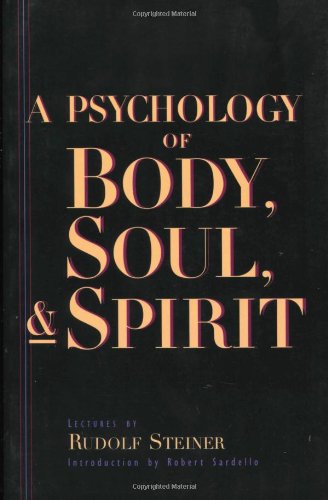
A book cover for A Psychology of Body, Soul, & Spirit; Rudolf Steiner; Religion & Spirituality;